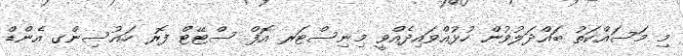
މި މަސައްކަތު ބައްދަލުވުން ހުޅުއްވައިދެއްވީ މިނިސްޓަރ އޮފް ސްޓޭޓް ފޮރ ހައުސިންގ އެންޑް